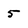
Character: 5